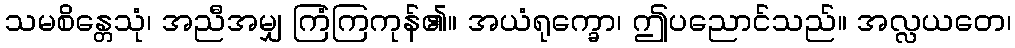
သမစိန္တေသုံ၊ အညီအမျှ ကြံကြကုန်၏။ အယံရုက္ခော၊ ဤပညောင်သည်။ အလ္လယတေ၊